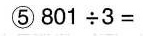
⑤801\div3=